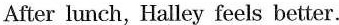
After lunch, Halley feels better.